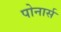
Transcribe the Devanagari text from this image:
पोनार्स